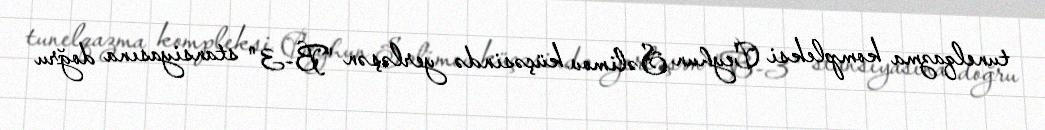
tunelqazma kompleksi Ceyhun Səlimov küçəsində yerləşən "B-3" stansiyasına doğru